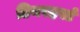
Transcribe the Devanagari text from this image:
डियरहर्स्ट